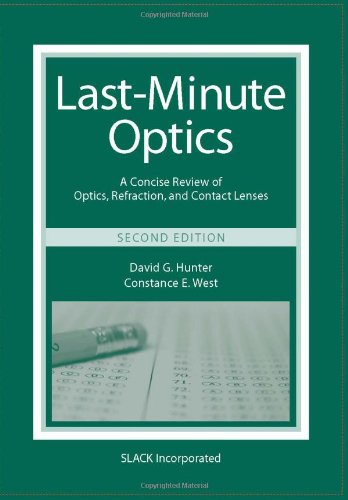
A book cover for Last-Minute Optics: A Concise Review of Optics, Refraction, and Contact Lenses; David G. Hunter PhD  MD; Medical Books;